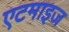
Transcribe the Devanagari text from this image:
एटमाइज